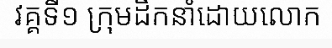
វគ្គទី១ ក្រុមដឹកនាំដោយលោក